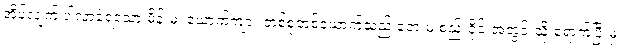
အိပ်လျက် ပါလာခဲ့ရသော မိန်းမ၊ ယောက်ကျား တစ်စုံတစ်ယောက်သည် ဘေးမဲ့ စည်းဝိုင်းအတွင်းသို့ ရောက်ပြီးမှ